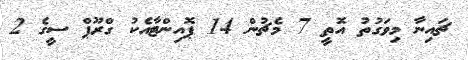
ޗައިނާ މިވަގުތު އޮތީ 7 މެޗުން 14 ޕޮއިންޓާއެކު ގްރޫޕް ސީގެ 2